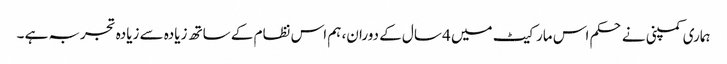
ہماری کمپنی نے حکم اس مارکیٹ میں 4 سال کے دوران، ہم اس نظام کے ساتھ زیادہ سے زیادہ تجربہ ہے ۔